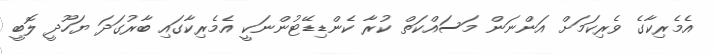
އެމެރިކާގެ ވެރިކަމަށް އަންނަން މަސައްކަތް ކުރާ ކެންޑިޑޭޓުންނަކީ އެމެރިކާގައި ބާރުގަދަ ޔަހޫދީ ލޮބީ